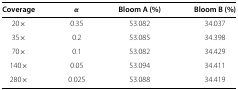
<table><thead><tr><td><b>Coverage</b></td><td><b><i>α</i></b></td><td><b>Bloom A (%)</b></td><td><b>Bloom B (%)</b></td></tr></thead><tbody><tr><td>20×</td><td>0.35</td><td>53.082</td><td>34.037</td></tr><tr><td>35×</td><td>0.2</td><td>53.085</td><td>34.398</td></tr><tr><td>70×</td><td>0.1</td><td>53.082</td><td>34.429</td></tr><tr><td>140×</td><td>0.05</td><td>53.094</td><td>34.411</td></tr><tr><td>280×</td><td>0.025</td><td>53.088</td><td>34.419</td></tr></tbody></table>